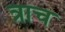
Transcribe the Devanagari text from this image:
त्राच